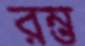
রম্ভ